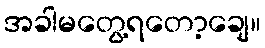
အခါမတွေ့ရတော့ချေ။